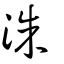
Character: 洙